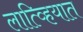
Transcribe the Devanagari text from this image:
लात्व्हियात